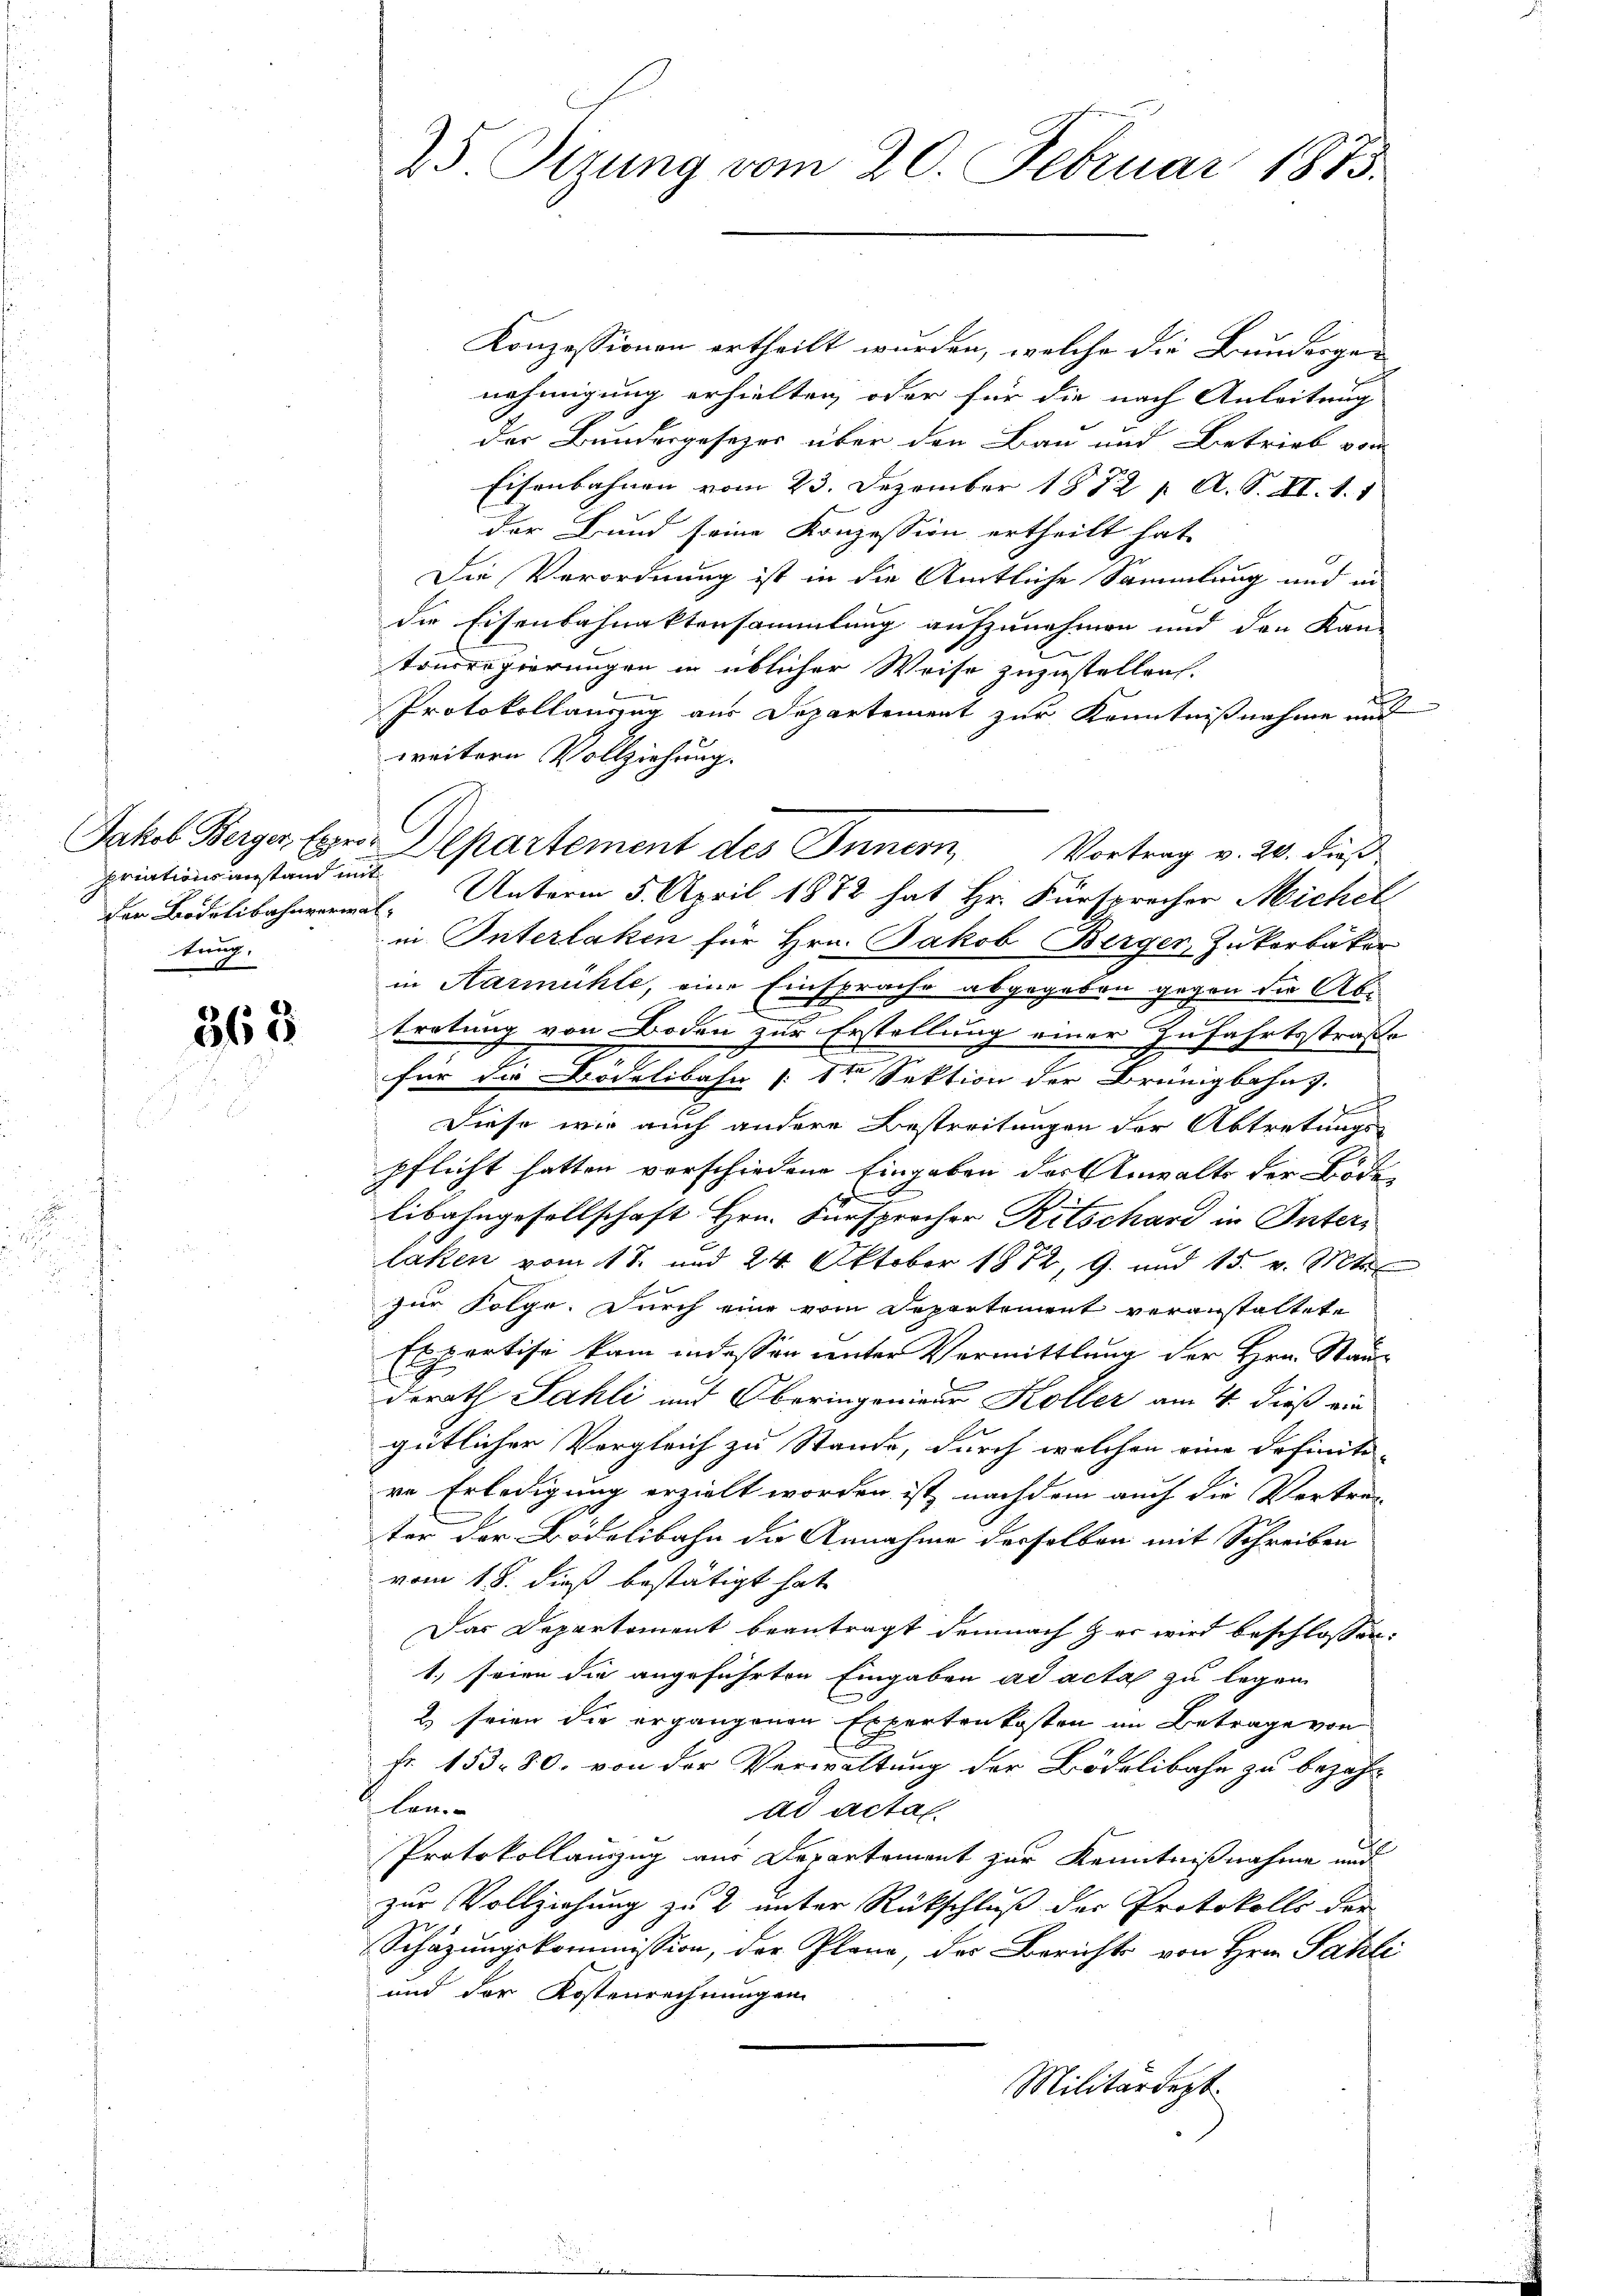
priationsanstand mit
tung.

565

25 Sizung vom 20. Februar 1873.

Konzessionen ertheilt wurden, welche die Bundergenehmigung erhielten, oder für die nach Anleitung
Der Bundesgesezes über den Bau und Betrieb von
Eisenbahnen vom 23. Dezember 1872 f. A. S. XI. 1. 1
der Bund seine Konzession ertheilt hat.
Die Verordnung ist in die Amtliche Sammlung und in
die Eisenbahnaktersammlung aufzunehmen und den Kan-
2
tonsregierungen in üblicher Weise zuzustellen.
Protokollauszug aus Departement zur Kenntnißnahme und
weitern Vollziehung.
Der Bidelibahnvermal. Unterm 5. April 1872 hat Hr. Fürsprecher Michel
in Interlaken für Hrn. Jakob Berger Zukorbäker
in Harmühle, eine Einsprache abgegeben gegen die Abtretung von Boden zur Erstellung einer Zufahrtsstraße
für die Bödelibahn (: St Sektion der Brünigbahns.
b
Diese wir auch andere Bestreitungen der Abtretungs-
pflicht hatten verschiedene Eingaben der Anwalts der Bode
libahngesellschaft Hrn. Fürsprocher Ritschard in Unterlaken vom 18. und 24 Oktober 1882, 9. und 15. v. Mts
zur Folge. Durch eine vom Departement veranstaltete
Expertise kam indessen unter Vermittlung der Hrn. Stau
derath Sahli und Oberingenieur Koller am 4. dieß ein
gütlicher Vergleich zu Stande, durch welchen eine Definiti-
re Erledigung erzielt worden ist, nachdem auch die Vertren
ter der Bodelibahn die Annahme desselben mit Schreiben
vom 18. dieß bestätigt hat,
Das Departement beantragt demnach & er wird beschlossen:
1. seien die angeführten Eingaben ad acta zu legen
2) Frien die ergangenen Expertenkosten im Betrage von
fr. 153. 30. von der Verwaltung der Bödelibahr zu bezahbon.
ad acta.
Protokollanzug aus Departement zur Kenntnißnahme und
zur Vollziehung zu 2 unter Rückschluß der Protokolls der
Schätzungskommission, der Plane, der Berichts von Hrn. Sahli
und der Kostenrechnungen
Militärdept.

Jakob Berger Exeris Departement des Innern, Vortrag v. 20. dieß